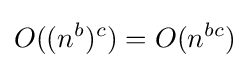
O((n^{b})^{c})=O(n^{bc})